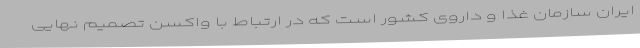
ایران سازمان غذا و داروی کشور است که در ارتباط با واکسن تصمیم نهایی